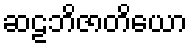
ဆဠဘိဇာတိယော